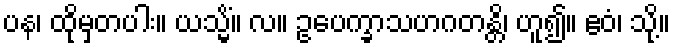
ပန၊ ထိုမှတပါး။ ယသ္မိံ။ လ။ ဥပေက္ခာသဟဂတန္တိ၊ ဟူ၍။ ဧဝံ၊ သို့။